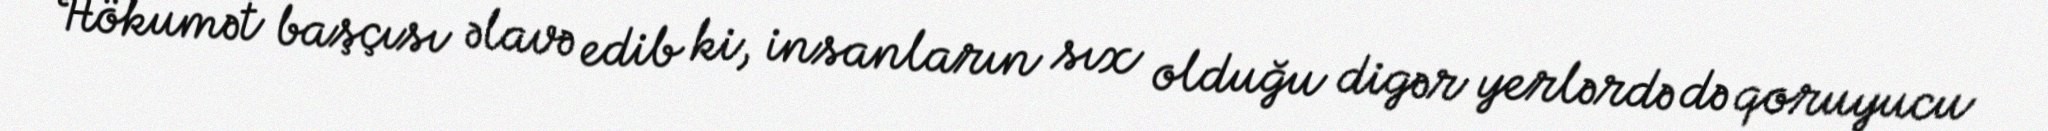
Hökumət başçısı əlavə edib ki, insanların sıx olduğu digər yerlərdə də qoruyucu